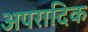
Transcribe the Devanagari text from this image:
अपरादिक